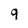
Character: 9